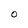
Character: O